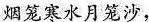
烟笼寒水月笼沙，